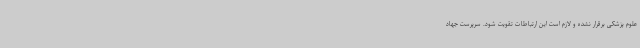
علوم پزشکی برقرار نشده و لازم است این ارتباطات تقویت شود. سرپرست جهاد